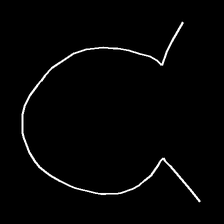
Glyph: weave